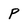
Character: p